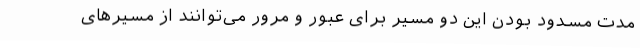
مدت مسدود بودن این دو مسیر برای عبور و مرور می‌توانند از مسیرهای